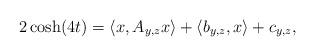
LaTeX: \begin{align*}2\cosh(4t)=\langle x,A_{y,z}x\rangle + \langle b_{y,z},x\rangle+c_{y,z},\end{align*}